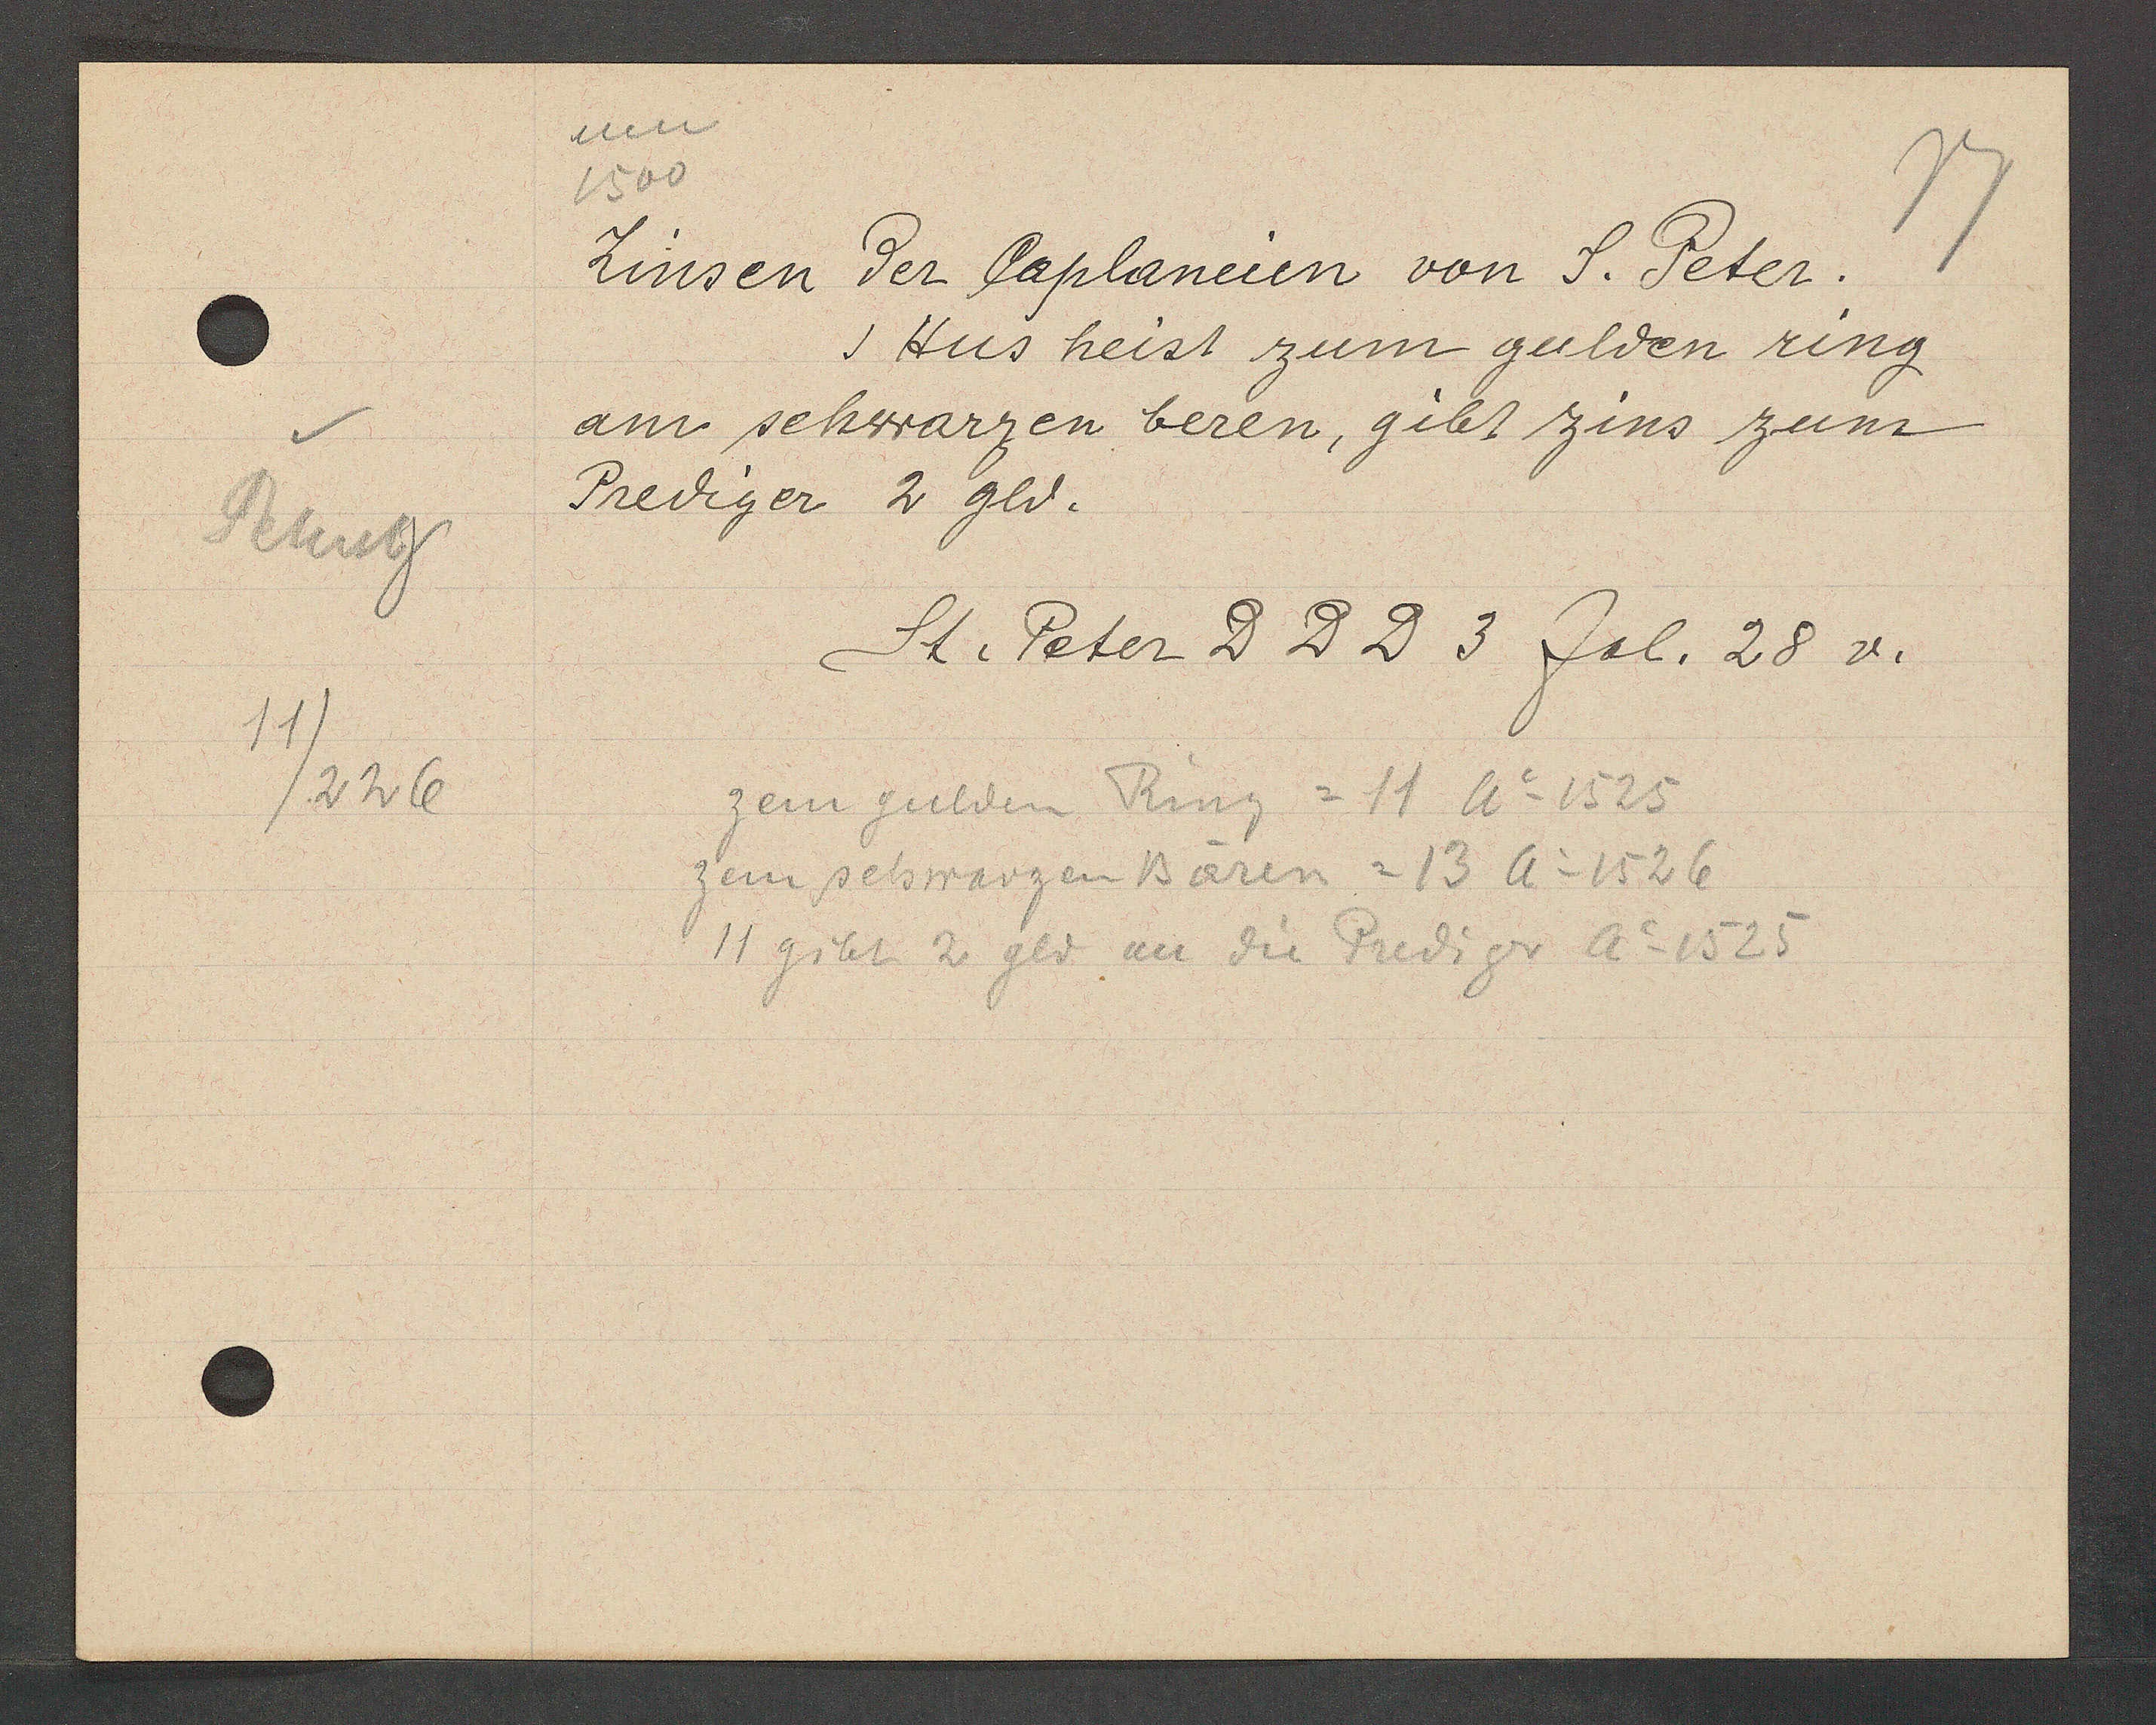
Transcript:
Petersb
11
/226

1500
Zinsen der Caplaneien von S. Peter.

Hus heist zum gulden ring
am schwarzen beren, gibt zins zum
Prediger 2 gld.

St. Peter DDD 3 fol. 28 v.

zem gulden Ring = 11 Ao 1525
zem schwarzen Bären = 13 Ao 1526
11 gibt 2 gld an die Prediger Ao 1525